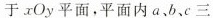
于xOy平面，平面内a，b、c三